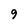
Character: 9